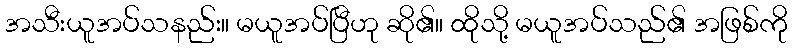
အသီးယူအပ်သနည်း။ မယူအပ်ပြီဟု ဆို၏။ ထိုသို့ မယူအပ်သည်၏ အဖြစ်ကို